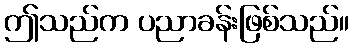
ဤသည်က ပညာခန်းဖြစ်သည်။